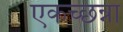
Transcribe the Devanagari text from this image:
एकच्छन्ना